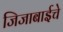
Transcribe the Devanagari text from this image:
जिजाबाईचे